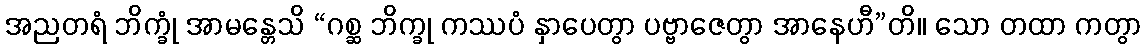
အညတရံ ဘိက္ခုံ အာမန္တေသိ “ဂစ္ဆ ဘိက္ခု ကဿပံ နှာပေတွာ ပဗ္ဗာဇေတွာ အာနေဟီ”တိ။ သော တထာ ကတွာ